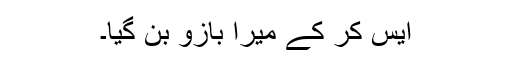
ایس کر کے میرا بازو بن گیا۔